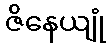
ဇိနေယျုံ